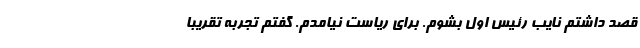
قصد داشتم نایب رئیس اول بشوم. برای ریاست نیامدم. گفتم تجربه تقریبا